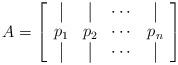
LaTeX: \begin{align*}A = \left[ \begin{array}{cccc} \vline & \vline & \cdots & \vline \\ p_1 & p_2 & \cdots & p_n \\ \vline & \vline & \cdots & \vline \end{array} \right]\end{align*}